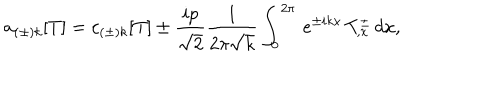
LaTeX: a _ { ( \pm ) k } [ T ] = c _ { ( \pm ) k } [ T ] \pm { \frac { i p } { \sqrt { 2 } } } { \frac { 1 } { 2 \pi \sqrt { k } } } \int _ { 0 } ^ { 2 \pi } \, e ^ { \pm i k x } \, T _ { , x } ^ { \pm } \, d x ,